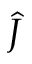
\hat { J }